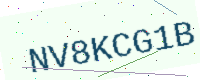
Text: NV8KCG1B